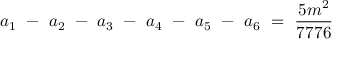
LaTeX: a _ { 1 } ~ - ~ a _ { 2 } ~ - ~ a _ { 3 } ~ - ~ a _ { 4 } ~ - ~ a _ { 5 } ~ - ~ a _ { 6 } ~ = ~ \frac { 5 m ^ { 2 } } { 7 7 7 6 }